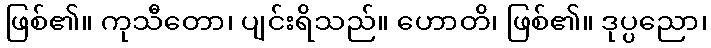
ဖြစ်၏။ ကုသီတော၊ ပျင်းရိသည်။ ဟောတိ၊ ဖြစ်၏။ ဒုပ္ပညော၊